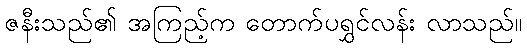
ဇနီးသည်၏ အကြည့်က တောက်ပရွှင်လန်း လာသည်။